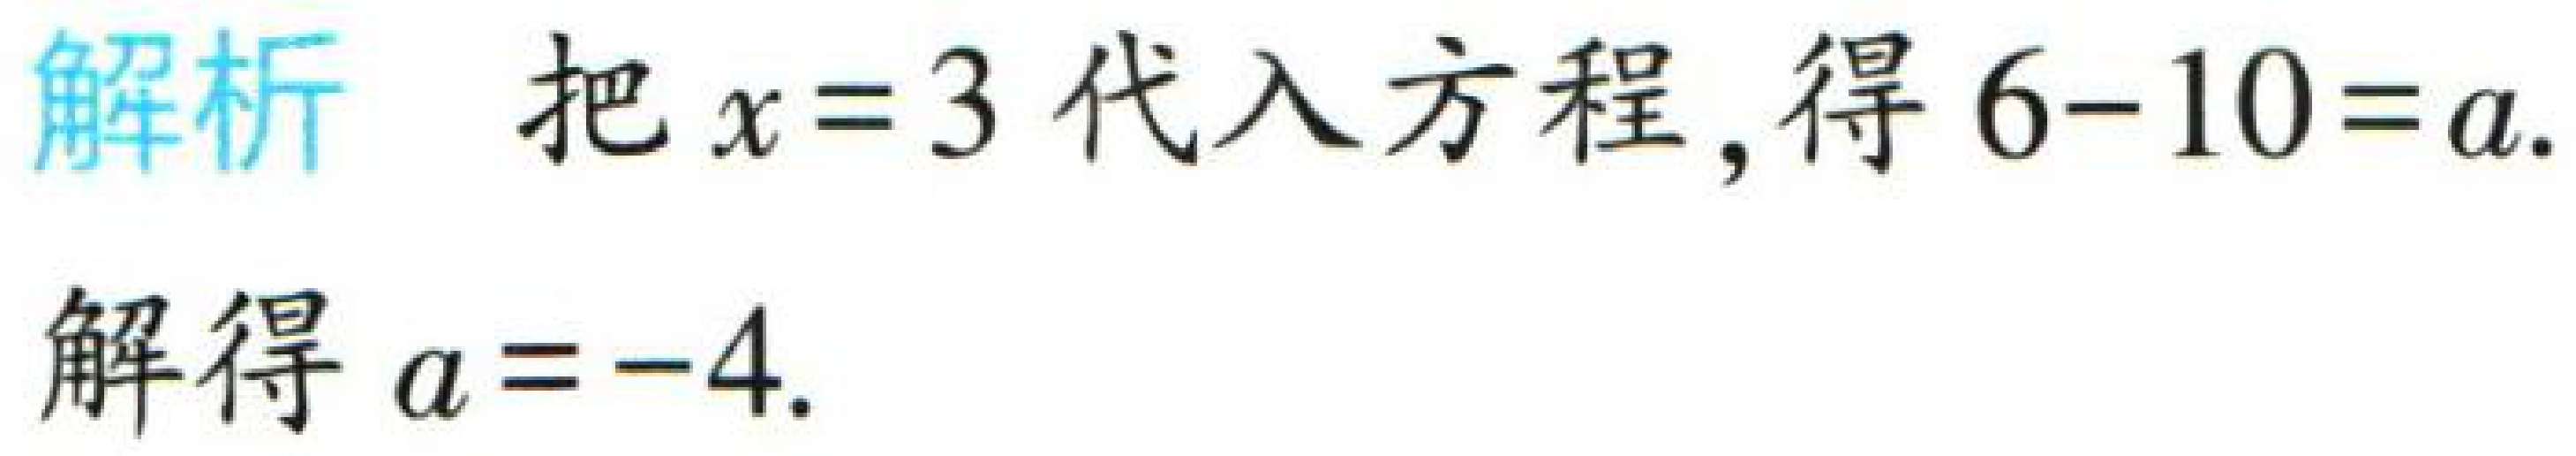
解析 把\(x = 3\)代入方程，得\(6 - 10 = a\).

解得\(a = - 4\).